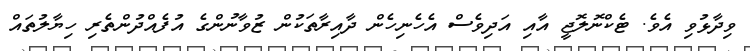
ވިދާޅުވި އެވެ. ޓެކްނޮލޮޖީ އާއި އަދިވެސް އެހެނިހެން ދާއިރާތަކުން ޒުވާނުންގެ އުފެއްދުންތެރި ހިޔާލުތައް